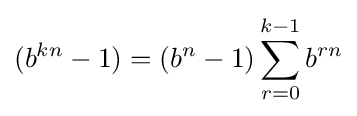
(b^{kn}-1)=(b^{n}-1)\sum _{r=0}^{k-1}b^{rn}